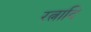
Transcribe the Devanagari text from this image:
रत्नादि